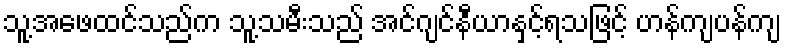
သူ့အဖေထင်သည်က သူ့သမီးသည် အင်ဂျင်နီယာနှင့်ရသဖြင့် ဟန်ကျပန်ကျ